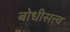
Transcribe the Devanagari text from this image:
बोधीसत्त्व